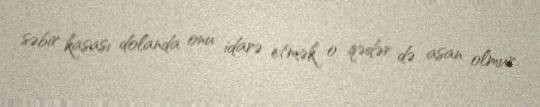
səbir kasası dolanda onu idarə etmək o qədər də asan olmur.